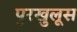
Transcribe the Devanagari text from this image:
पुरखुलूस